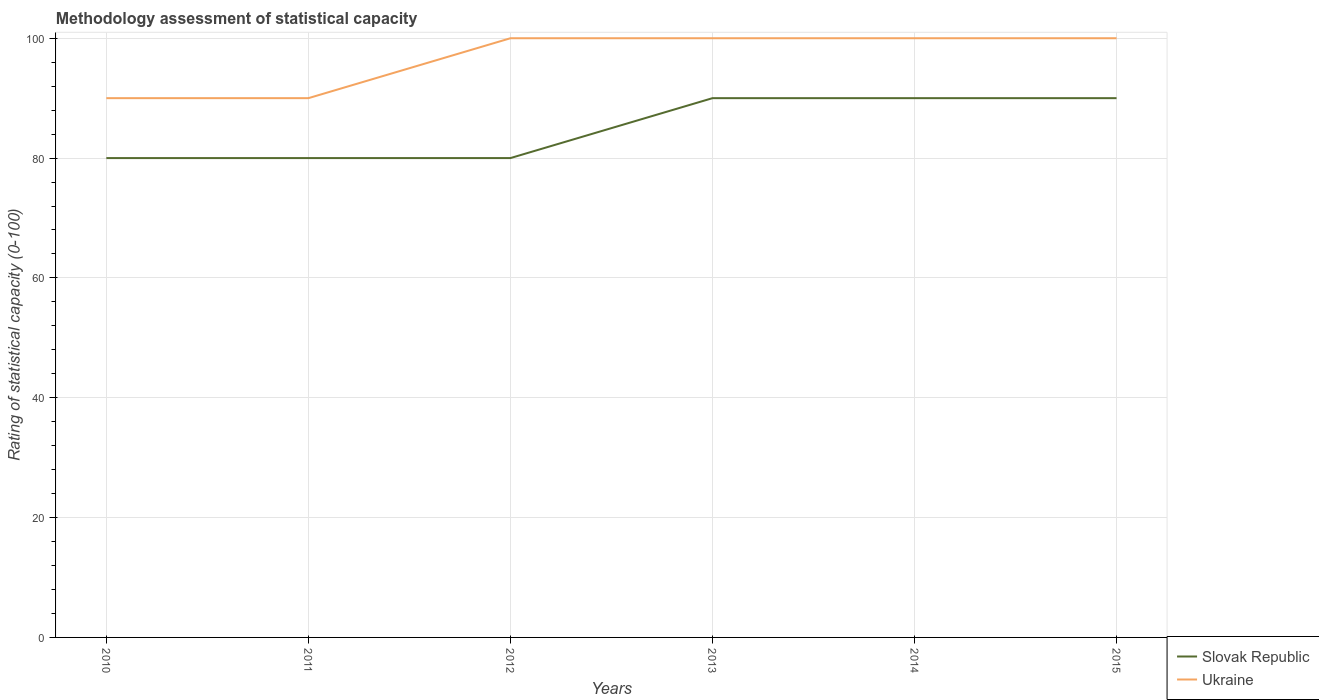
| Years | Slovak Republic | Ukraine |
 | --- | --- | --- |
 | 2010 | 80 | 90 |
 | 2011 | 80 | 90 |
 | 2012 | 80 | 100 |
 | 2013 | 90 | 100 |
 | 2014 | 90 | 100 |
 | 2015 | 90 | 100 |